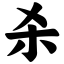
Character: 杀